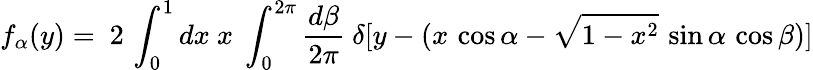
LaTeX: f_{\alpha}(y)=~2\, \int_{0}^{1}dx~x~\int_{0}^{2\pi}{\frac{d\beta}{2\pi}}~\delta[y-(x\, \cos\alpha-\sqrt{1-x^{2}}\, \sin\alpha\, \cos\beta)]